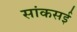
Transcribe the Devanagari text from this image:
सांकसई